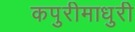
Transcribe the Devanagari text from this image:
कपुरीमाधुरी